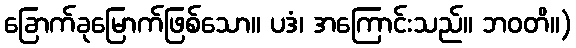
ခြောက်ခုမြောက်ဖြစ်သော။ ပဒံ၊ အကြောင်းသည်။ ဘဝတိ။)